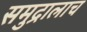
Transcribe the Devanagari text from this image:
समुद्रालाच